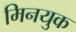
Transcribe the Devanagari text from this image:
मिनयुक